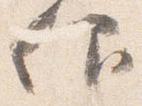
仰